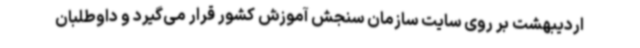
اردیبهشت بر روی سایت سازمان سنجش آموزش کشور قرار می‌گیرد و داوطلبان